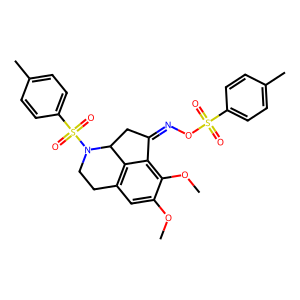
SMILES: COc1cc2c3c(c1OC)C(=NOS(=O)(=O)c1ccc(C)cc1)CC3N(S(=O)(=O)c1ccc(C)cc1)CC2
Inhibits HIV replication: No